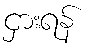
ငှားရန်